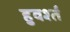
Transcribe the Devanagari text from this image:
हुवर्श्त